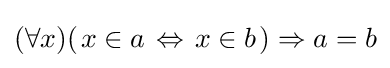
(\forall x)(\left.x\in a\right.\Leftrightarrow \left.x\in b\right.)\Rightarrow a=b